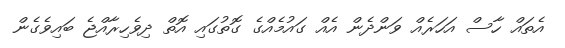
އެތައް ހާސް އަހަރެއް ވަންދެން އެއް ގައުމެއްގެ ގޮތުގައި އޮތް ދިވެހިރާއްޖެ ބައިވެގެން